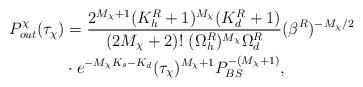
LaTeX: \begin{align*}P^\chi_{out}(\tau_\chi)&=\frac{2^{M_\chi+1}(K^R_h+1)^{M_\chi}(K^R_d+1)}{(2M_\chi+2)! \ (\Omega^R_h)^{M_\chi}\Omega^R_d}(\beta^R)^{-M_\chi/2}\\ &\cdot e^{-M_\chi K_s-K_d}(\tau_\chi)^{M_\chi+1} P_{BS}^{-(M_\chi+1)},\end{align*}